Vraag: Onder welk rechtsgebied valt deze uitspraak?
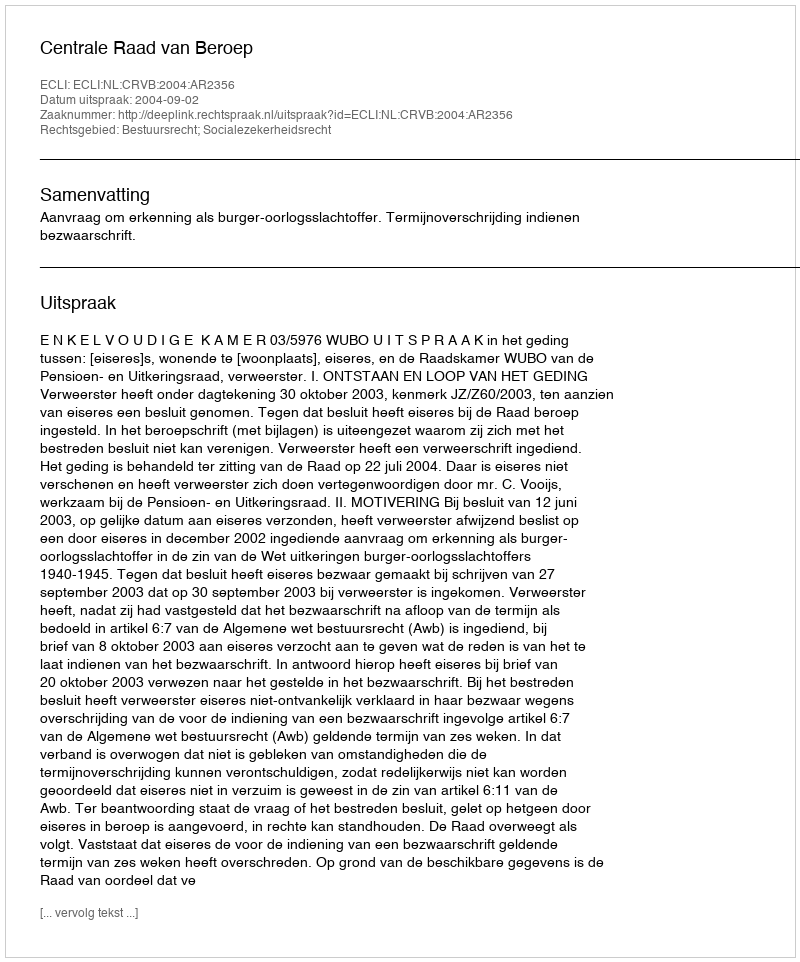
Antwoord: Bestuursrecht; Socialezekerheidsrecht